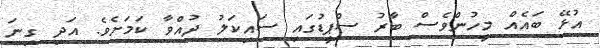
އުޅޭ ބައެއް މީހުންވެސް ބާރު ސްޕީޑުގައި ސައިކަލު ދުއްވާ ކަަމަށެވެ. އަދި ގިނަ